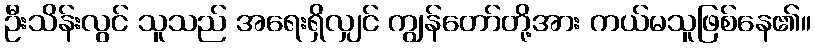
ဦးသိန်းလွင် သူသည် အရေးရှိလျှင် ကျွန်တော်တို့အား ကယ်မသူဖြစ်နေ၏။